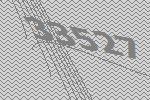
33527